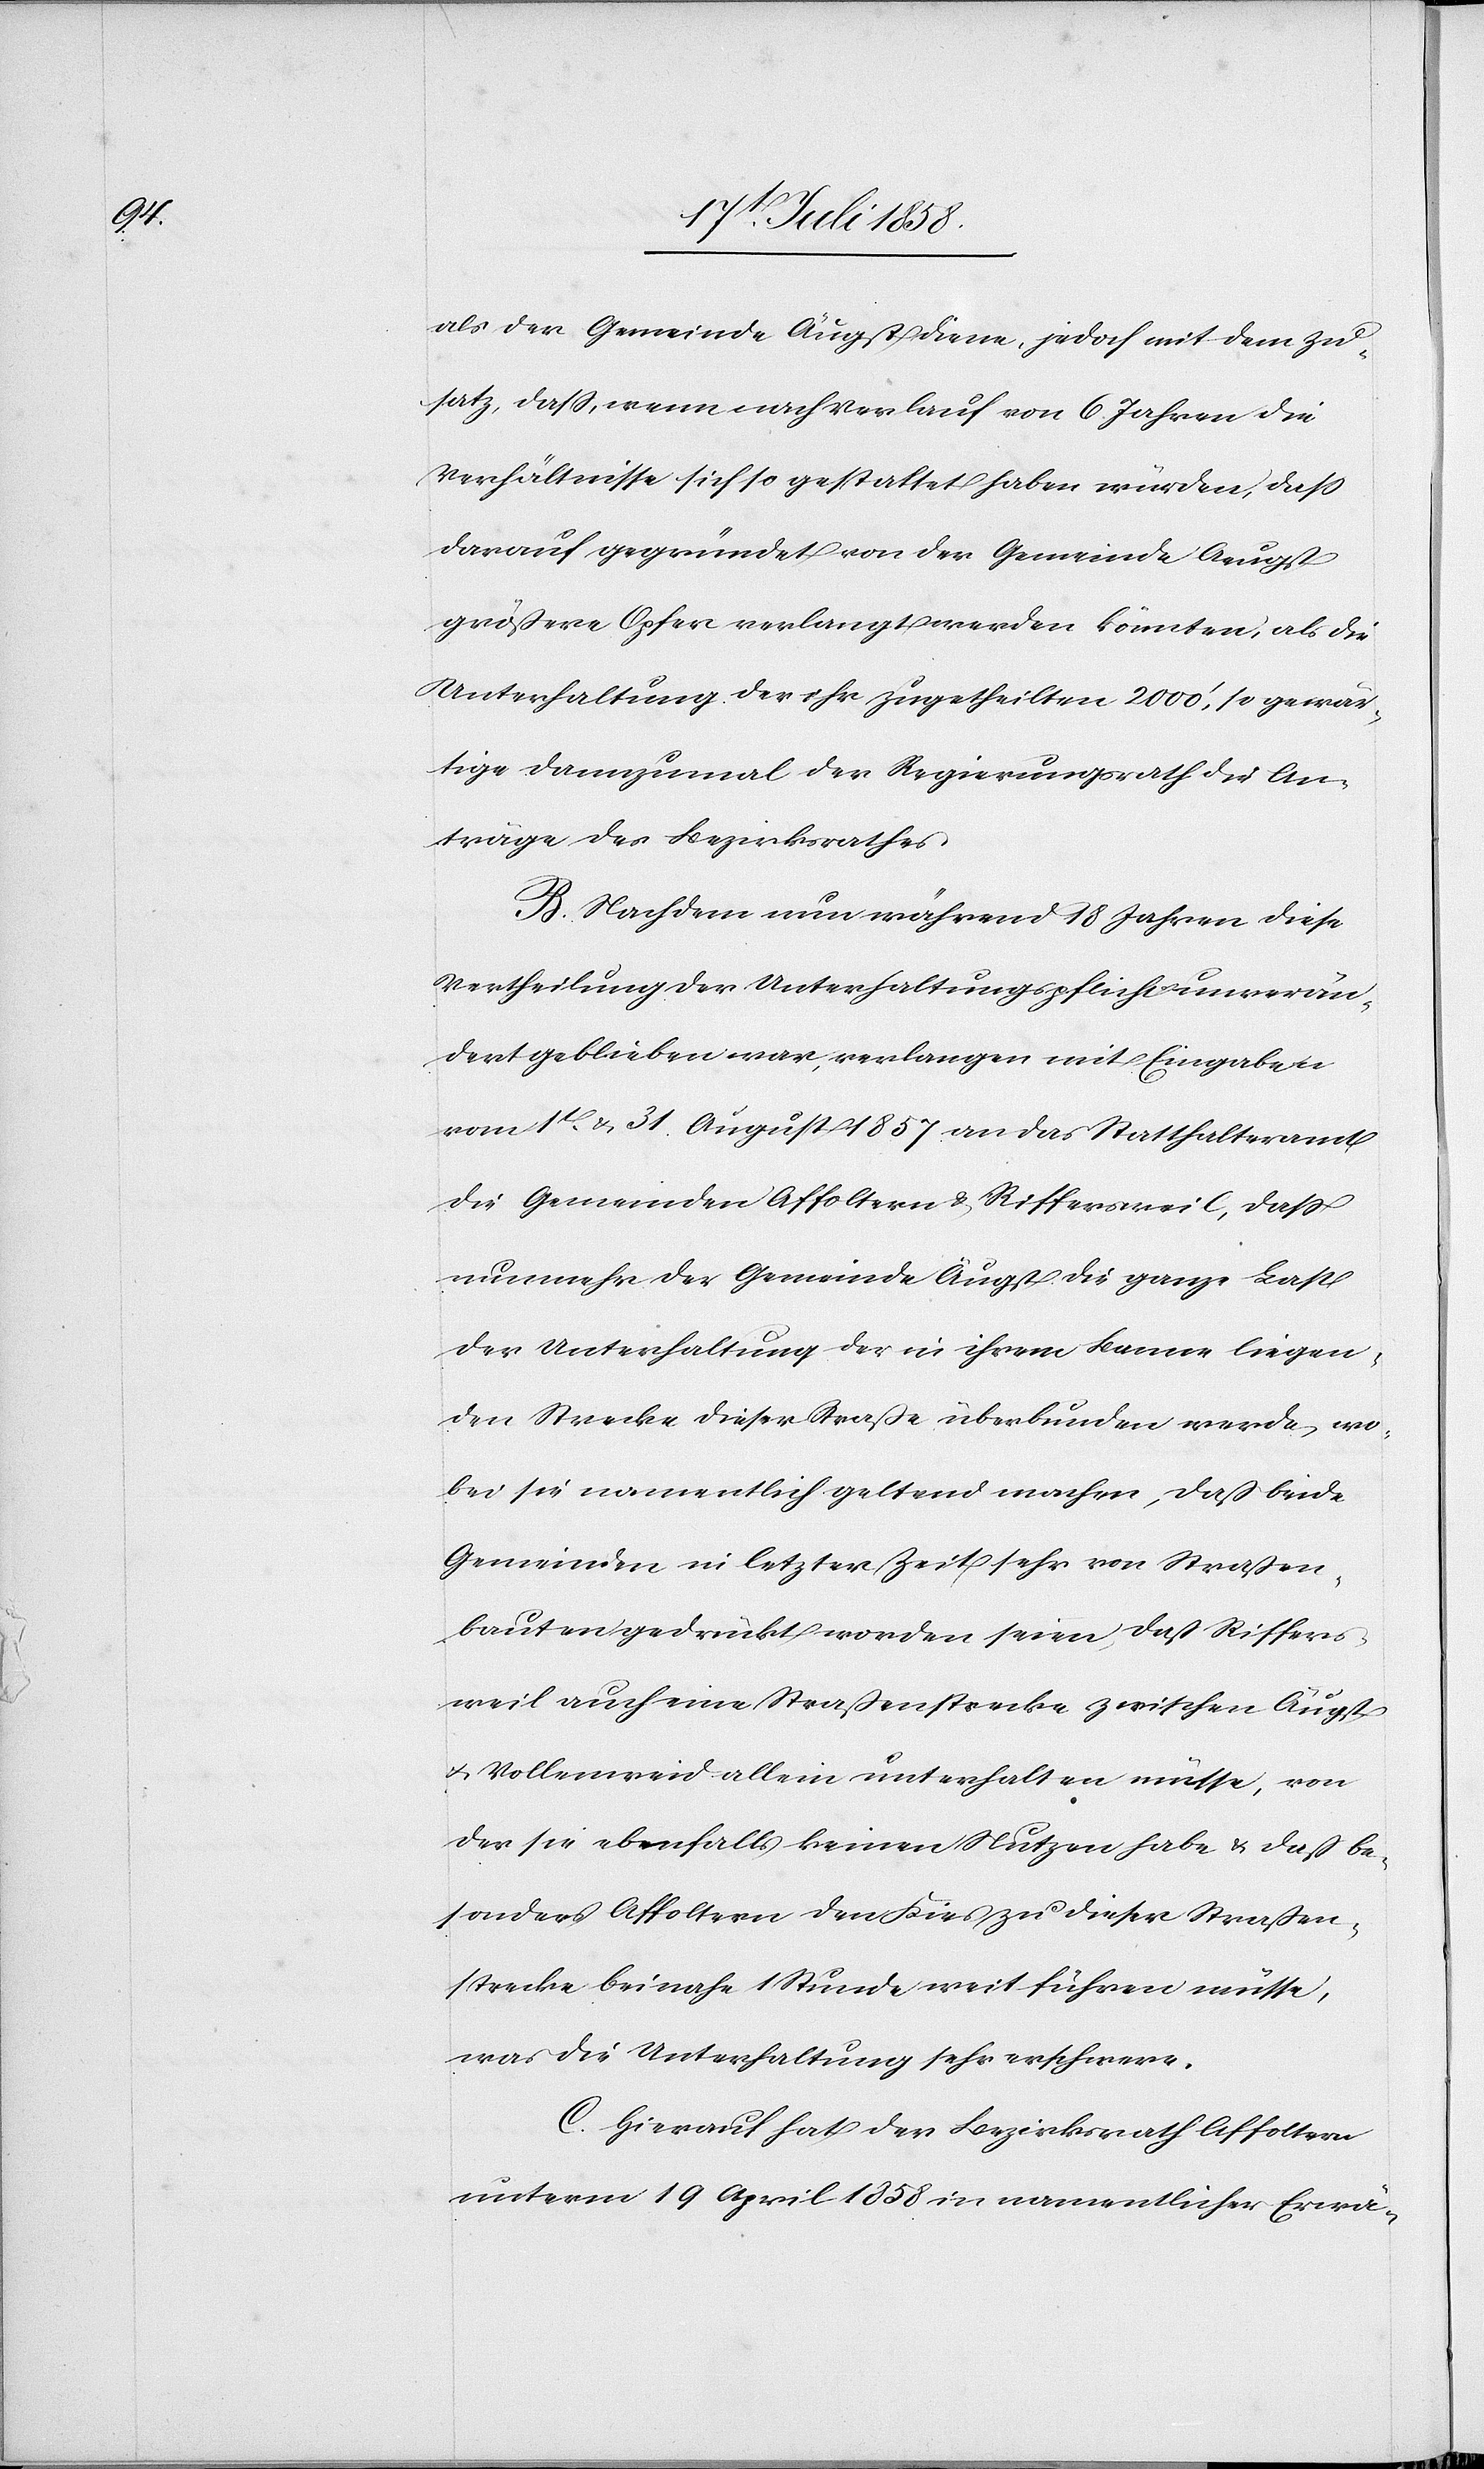
als der Gemeinde Äugst diene, jedoch mit dem Zu¬
satz, dass, wenn nach Verlauf von 6 Jahren die
Verhältnisse sich so gestaltet haben würden, dass
darauf gegründet von der Gemeinde Aeugst
größere Opfer verlangt werden könnten, als die
Unterhaltung der ihr zugetheilten 2000‘, so gewär¬
tige dannzumal der Regierungsrath die An¬
träge des Bezirksrathes.
B. Nachdem nun während 18 Jahren diese
Vertheilung der Unterhaltungspflicht unverän¬
dert geblieben war, verlangen mit Eingaben
vom 1t & 31. August 1857 an das Statthalteramt
die Gemeinden Affoltern & Riffersweil, dass
nunmehr der Gemeinde Äugst die ganze Last
der Unterhaltung der in ihrem Banne liegen¬
den Strecke dieser Straße überbunden werde, wo¬
bei sie namentlich geltend machen, daß beide
Gemeinden in letzter Zeit sehr von Straßen¬
bauten gedrückt worden seien, daß Riffers¬
weil auch eine Straßenstrecke zwischen Äugst
& Vollenweid allein unterhalten müsse, von
der sie ebenfalls keinen Nutzen habe & daß be¬
sonders Affoltern den Kies zu dieser Straßen¬
strecke beinahe 1 Stunde weit führen müsse,
was die Unterhaltung sehr erschwere.
C. Hierauf hat der Bezirksrath Affoltern
unterm 19 April 1858 in namentlicher Erwä-